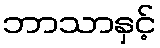
ဘာသာနှင့်